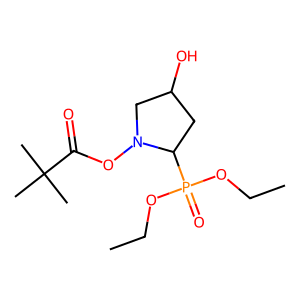
SMILES: CCOP(=O)(OCC)C1CC(O)CN1OC(=O)C(C)(C)C
Inhibits HIV replication: No